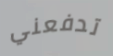
تدفعني